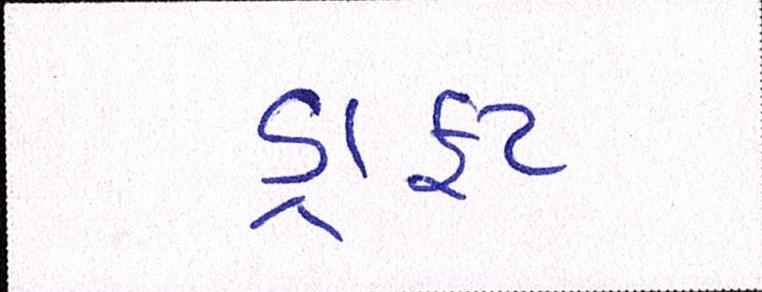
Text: ડ્રાફટ